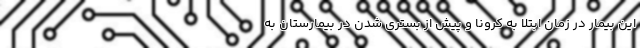
این بیمار در زمان ابتلا به کرونا و پیش از بستری شدن در بیمارستان به